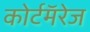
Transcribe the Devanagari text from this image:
कोर्टमॅरेज